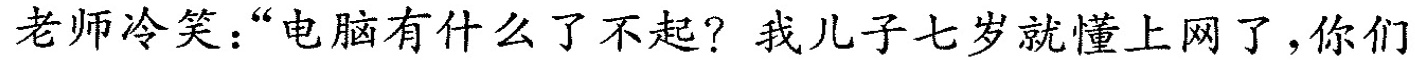
老师冷笑：”电脑有什么了不起? 我儿子七岁就懂上网了，你们